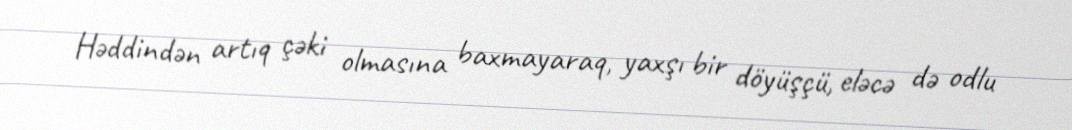
Həddindən artıq çəki olmasına baxmayaraq, yaxşı bir döyüşçü, eləcə də odlu